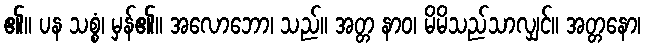
၏။ ပန သစ္စံ၊ မှန်၏။ အလောဘော၊ သည်။ အတ္တ နာဝ၊ မိမိသည်သာလျှင်။ အတ္တနော၊